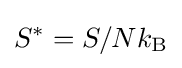
S^{*}=S/Nk_{\text{B}}